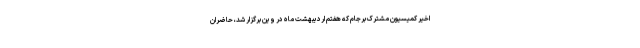
اخیر کمیسیون مشترک برجام که هفتم اردیبهشت ماه در وین برگزار شد، حاضران